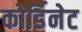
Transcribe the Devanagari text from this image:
कोर्डिनेट